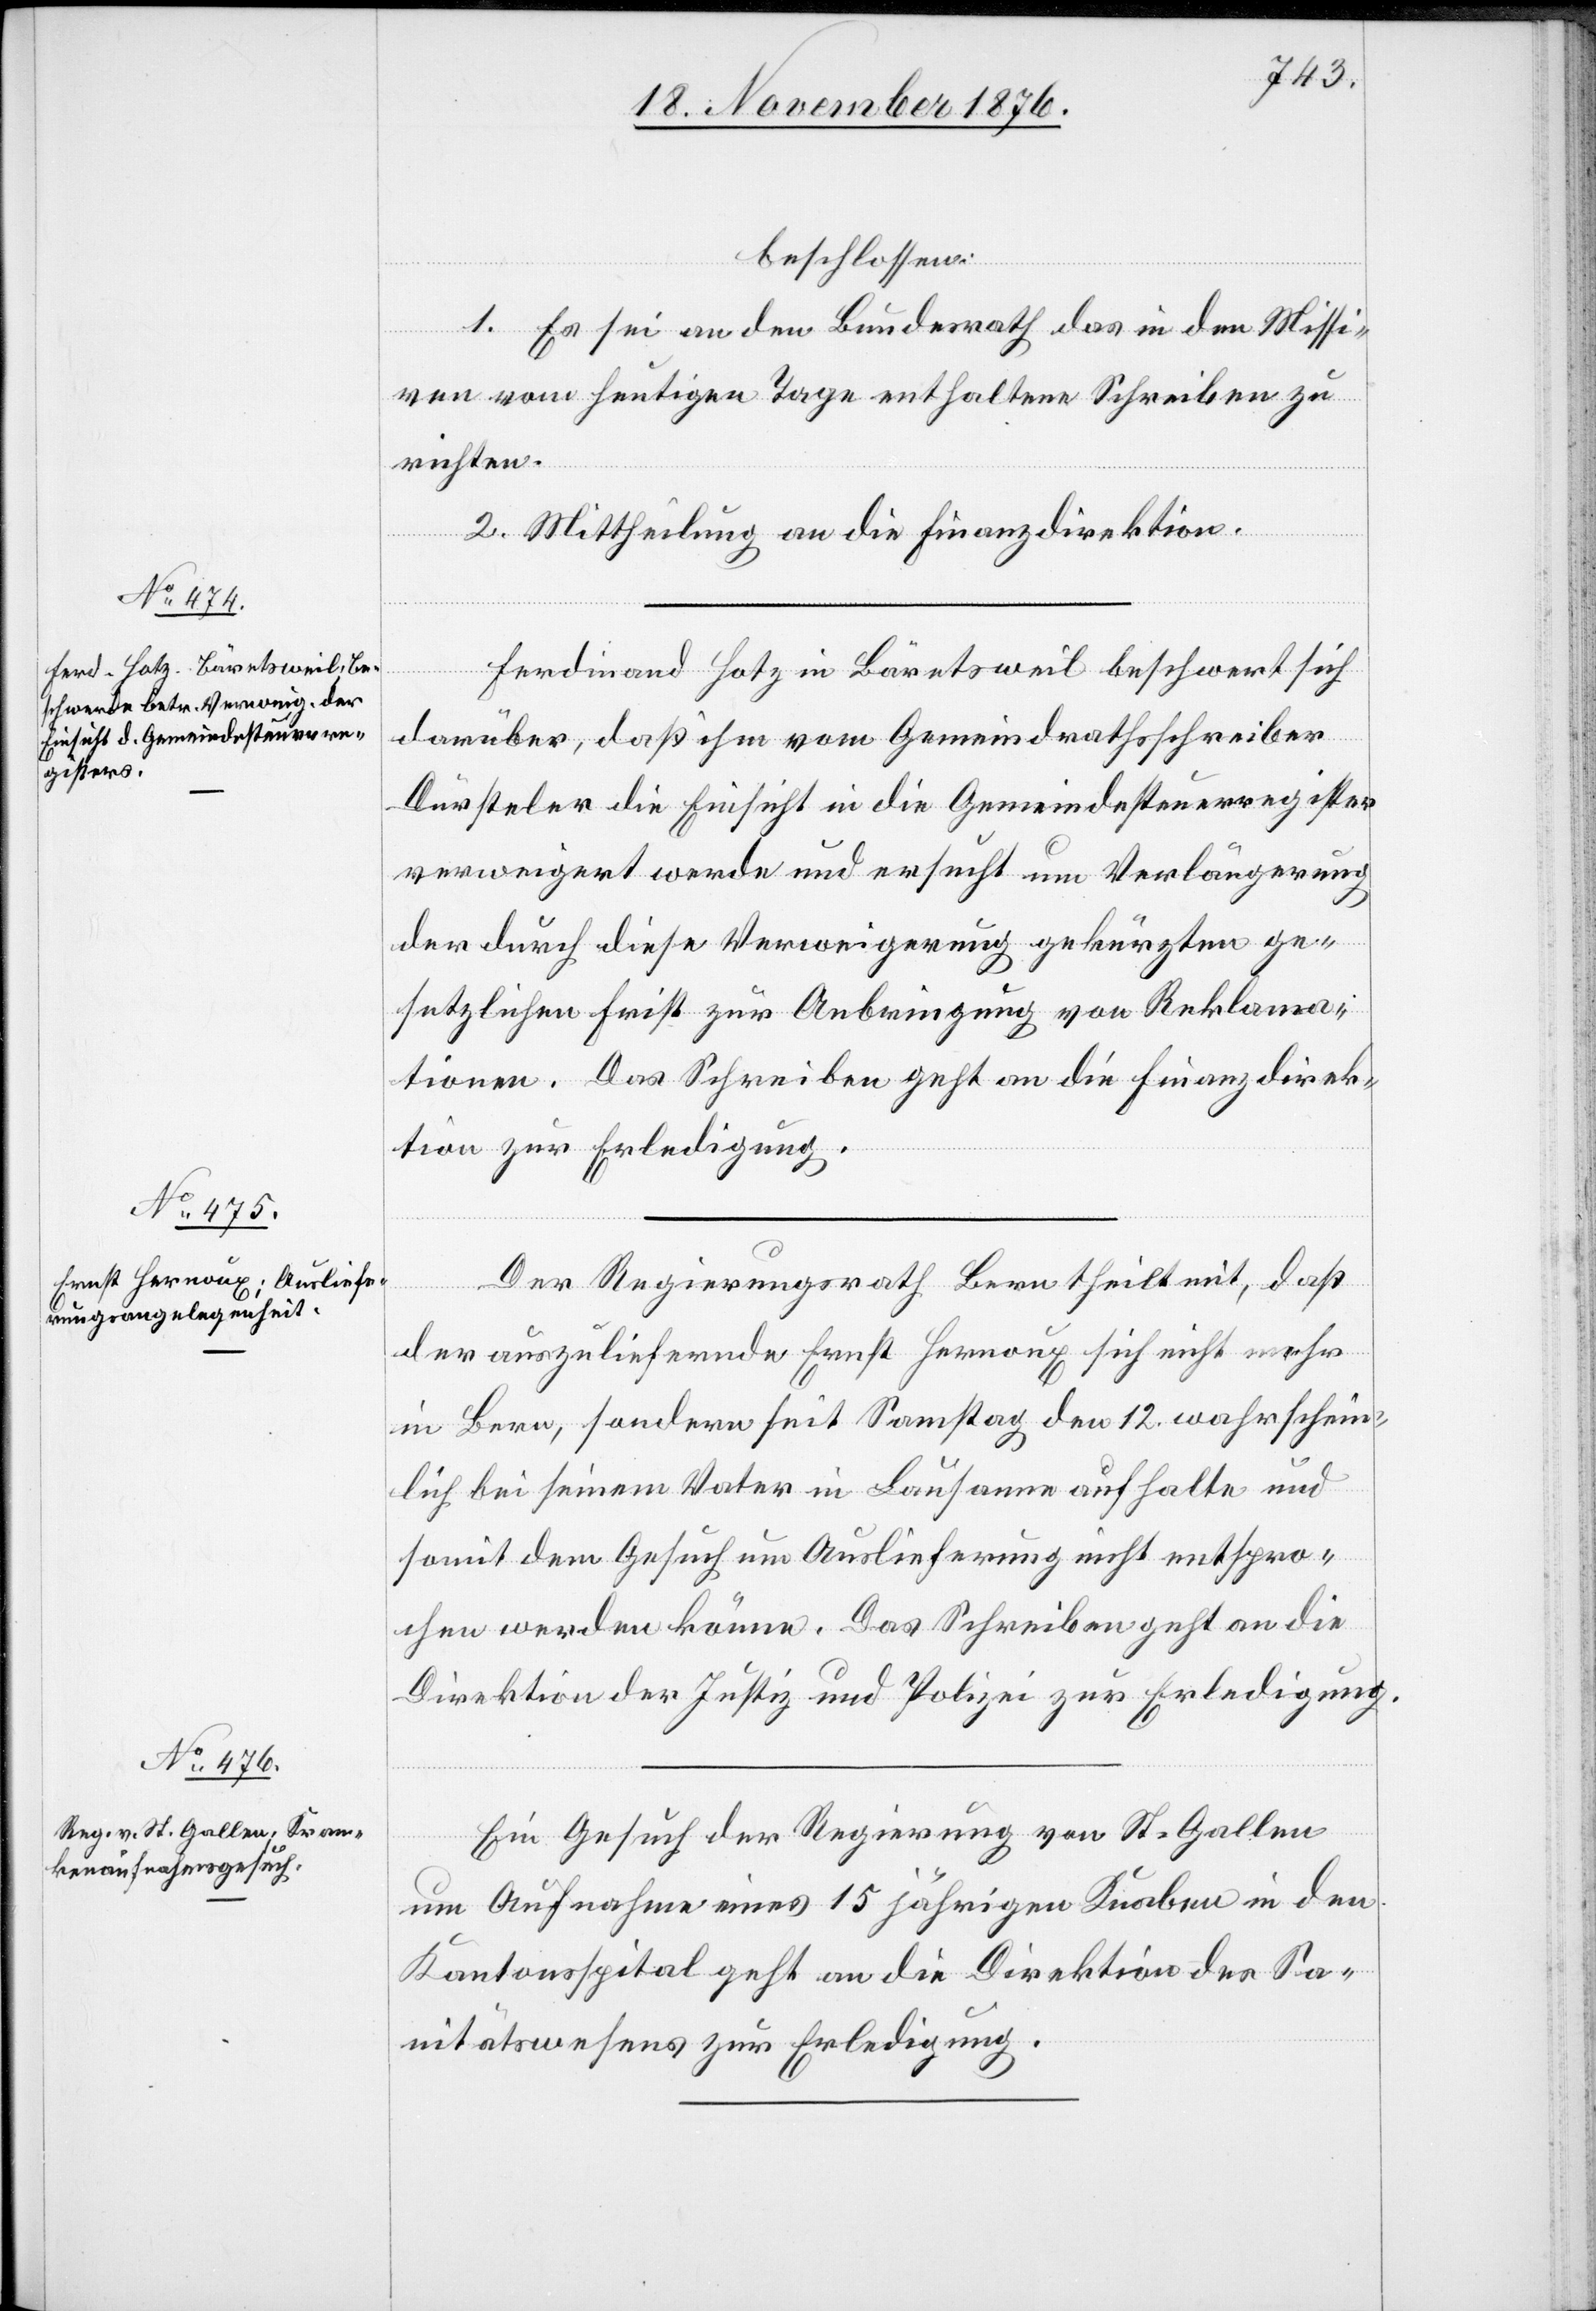
Nov. 1876.]

beschlossen:
1. Es sei an den Bundesrath das in den Missi¬
ven vom heutigen Tage enthaltene Schreiben zu
richten.
2. Mittheilung an die Finanzdirektion.
Ferdinand Hotz in Bäretsweil beschwert sich
darüber, daß ihm vom Gemeindrathsschreiber
Dürsteler die Einsicht in die Gemeindesteuerregister
verweigert werde und ersucht um Verlängerung
der durch diese Verweigerung gekürzten ge¬
setzlichen Frist zur Anbringung von Reklama¬
tionen. Das Schreiben geht an die Finanzdirek¬
tion zur Erledigung.
Der Regierungsrath Bern theilt mit, daß
der auszuliefernde Ernst Hernoux sich nicht mehr
in Bern, sondern seit Samstag den 12. wahrschein¬
lich bei seinem Vater in Lausanne aufhalte und
somit dem Gesuch um Auslieferung nicht entspro¬
chen werden könne. Das Schreiben geht an die
Direktion der Justiz und Polizei zur Erledigung.
Ein Gesuch der Regierung von St. Gallen
um Aufnahme eines 15 jährigen Knaben in den
Kantonsspital geht an die Direktion des Sa¬
nitätswesens zur Erledigung.